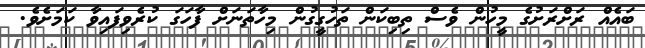
ބައެއް ރަށްރަށުގެ މީހުން ވެސް ތިބިކަން ތަހުގީގުން މިހާތަނަށް ފާހަގަ ކުރެވިފައިވާ ކަމަށެވެ.